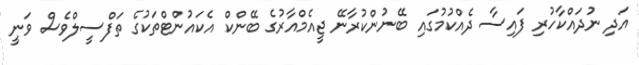
އަދި ނުދައްކާހުރި ފައިސާ ދެއްކުމުގައި ބޭނުންކުރާނޭ ޖީއެމްއާރުގެ ބޭންކް އެކައުންޓްތަކުގެ ތަފްސީލްވެސް ވަނީ